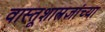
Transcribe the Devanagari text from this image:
वास्तूशास्त्रज्ञांच्या